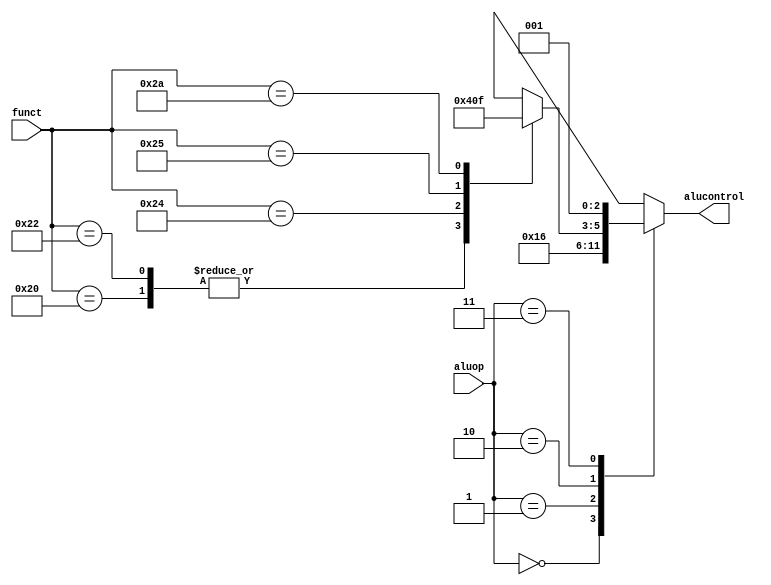
module aludec(input      [5:0] funct,
              input      [1:0] aluop,
              output reg [2:0] alucontrol);

  always @(*)
    case(aluop)
      2'b00: alucontrol = 3'b010;  // add
      2'b01: alucontrol = 3'b110;  // sub
      2'b10: case(funct)           // RTYPE
          6'b100000: alucontrol = 3'b010; // ADD
          6'b100010: alucontrol = 3'b010; // SUB
          6'b100100: alucontrol = 3'b000; // AND
          6'b100101: alucontrol = 3'b001; // OR
          6'b101010: alucontrol = 3'b111; // SLT
          default:   alucontrol = 3'bxxx; // ???
        endcase
      2'b11: alucontrol = 3'b001;  // or
    endcase
endmodule